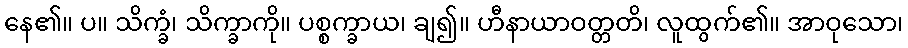
နေ၏။ ပ။ သိက္ခံ၊ သိက္ခာကို။ ပစ္စက္ခာယ၊ ချ၍။ ဟီနာယာဝတ္တတိ၊ လူထွက်၏။ အာဝုသော၊